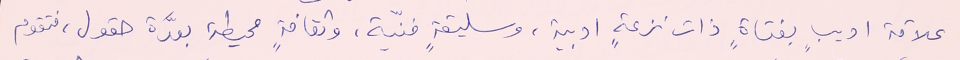
علاقة اديبٍ بفتاةٍ ذات نزعةٍ ادبية، وسليقةٍ فنيّة، وثقافةٍ محيطة بعدَّة حقول، فتقوم